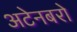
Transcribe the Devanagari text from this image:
अटेनबरो